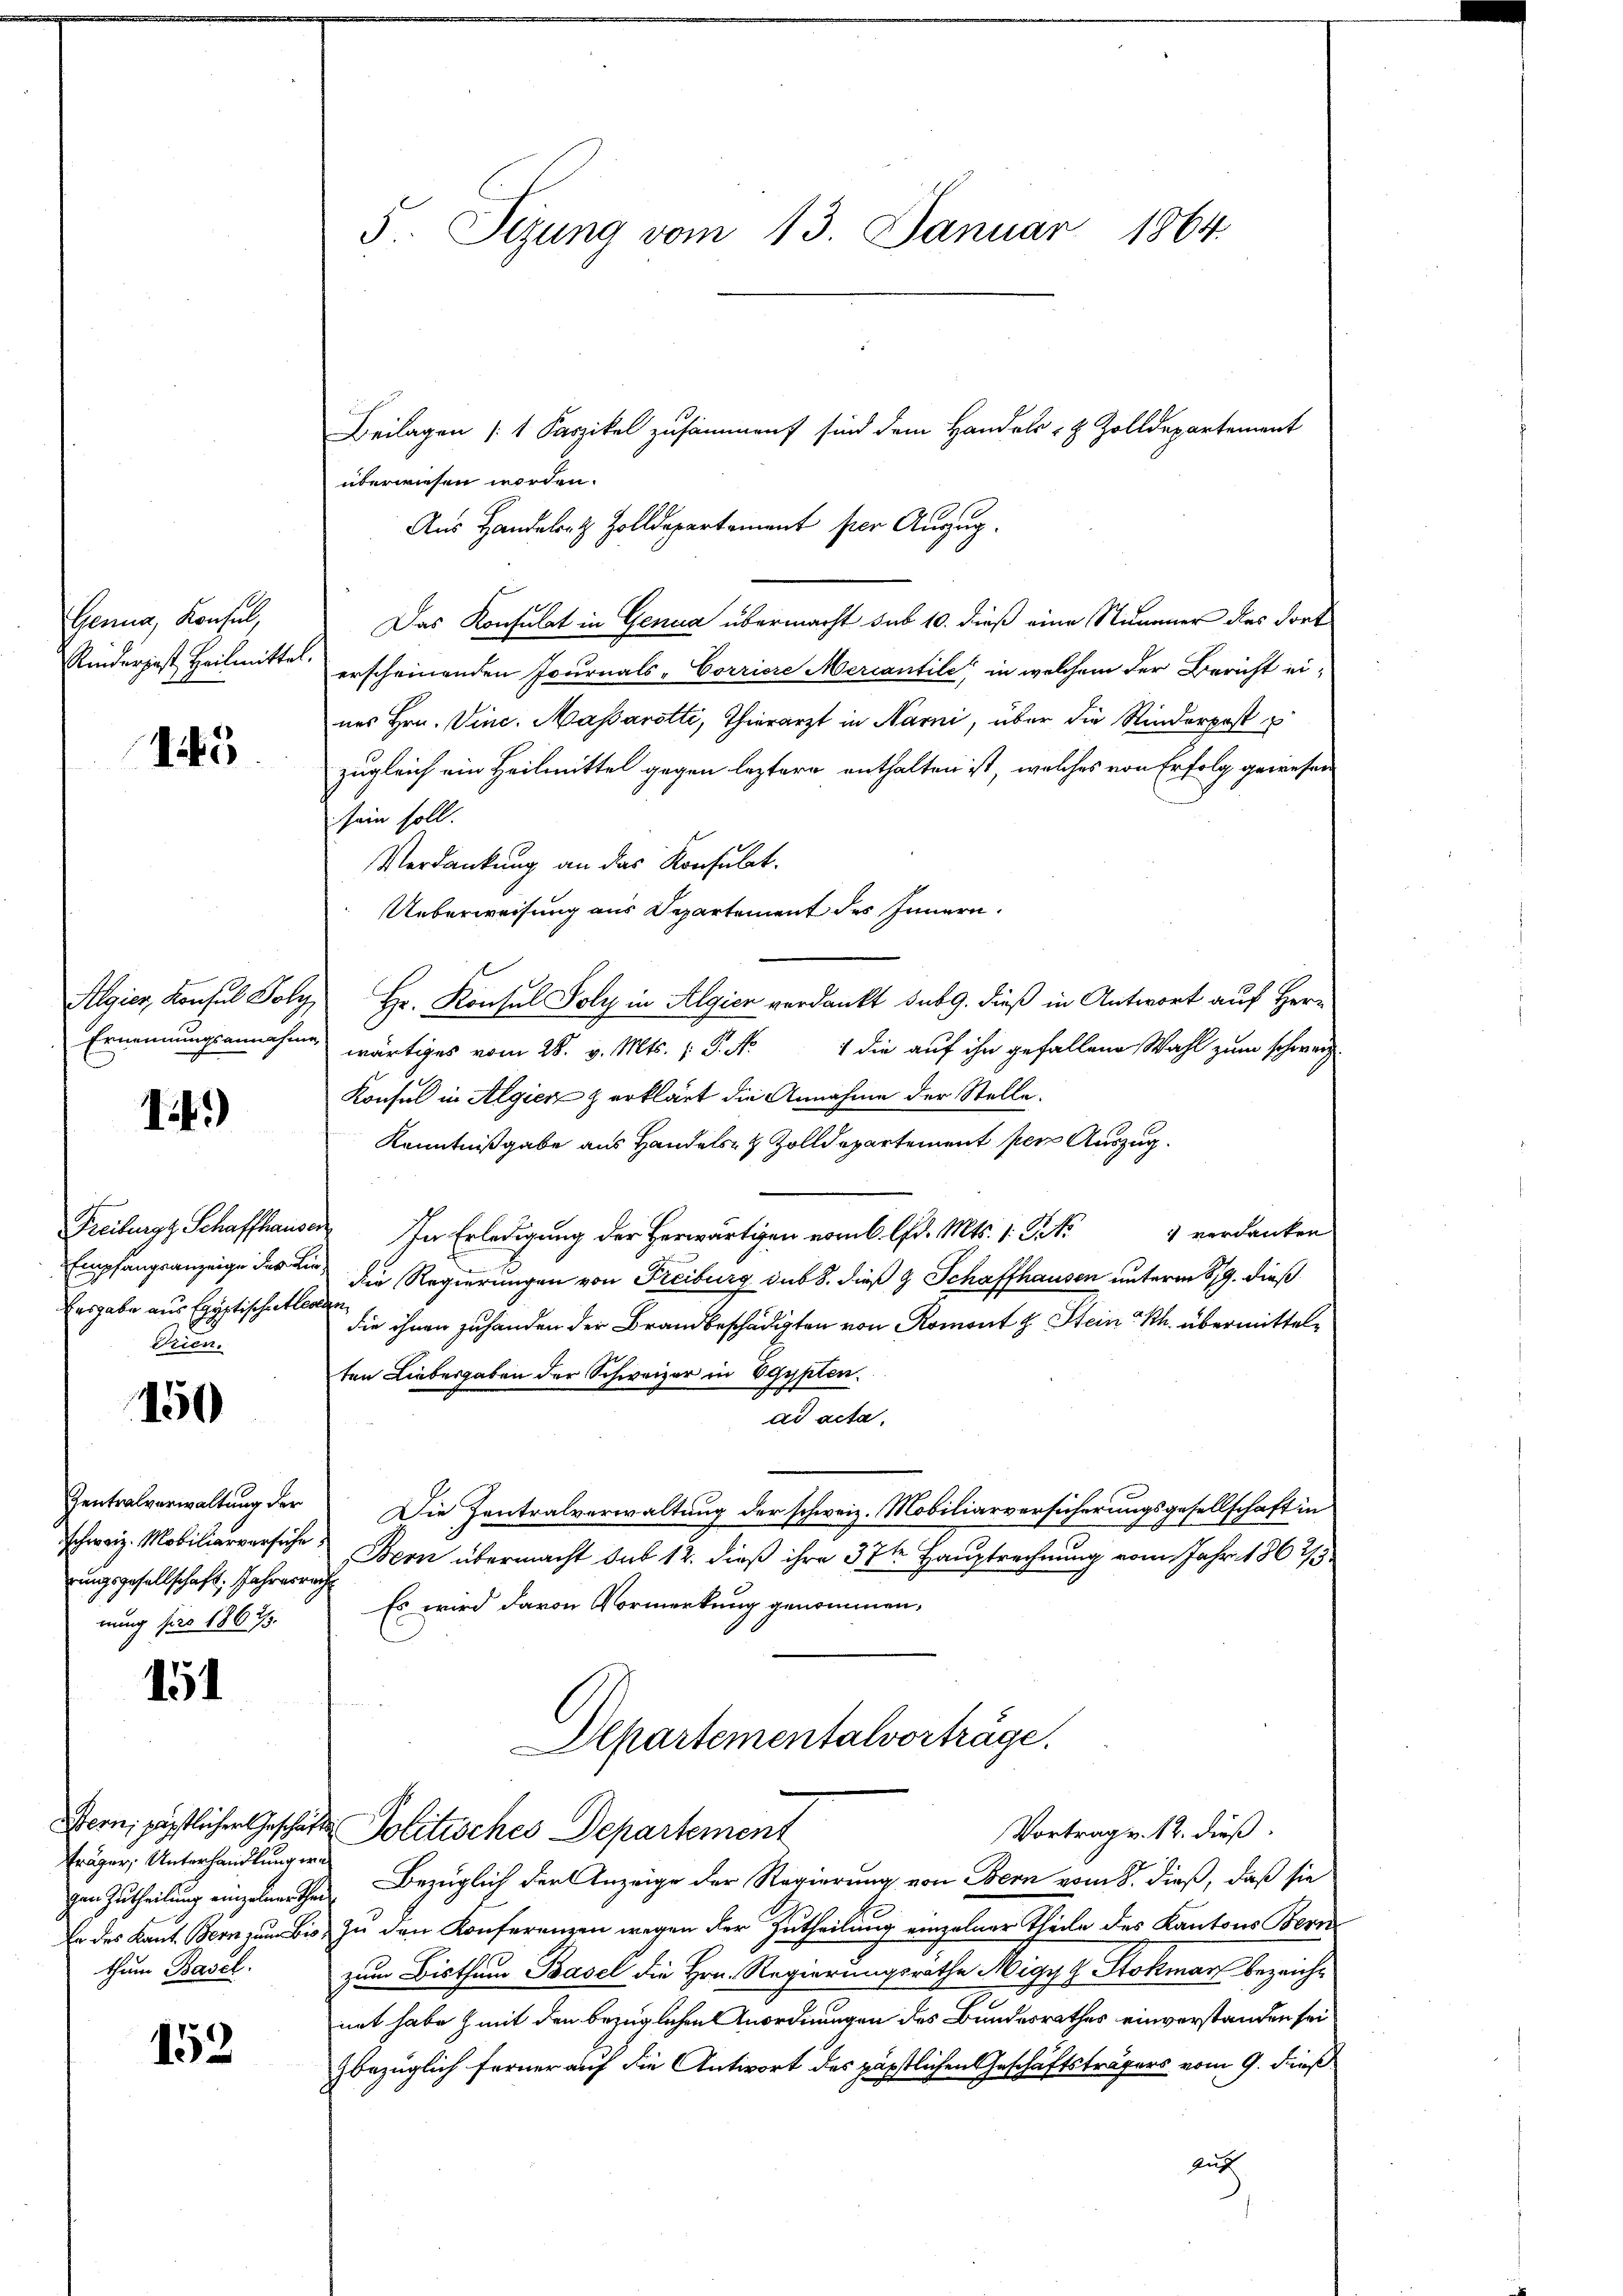
Genua, Konsul,

1445.

14)

Ausgabe aus Egyptischentlasten
Trien.

150

schweiz. Mobiliarverführ
rungsgesellschaft. Jahresrech
nung pro 1867.

151

fräger, Unterhandlung wa
gen Zutheilung einzelner thei
thum Basel.

152

Beilagen (1 Faszikel zusammen sind dem Handels- & Zolldepartement
überwiesen worden.
Aus Handeler & Zolldepartement per Augug.
Das Konsulat in Genua übermacht sub 10. dieß eine Nummer des dort
Rinderjest, Heilmitte erscheinenden Journals-Corriere Mercantile, in welchem der Bericht ei-
nes Hrn. Vinc. Massarotti, Thierarzt in Harni, über die Kinderpost
zugleich ein Heilmittel gegen leztere enthalten ist, welches von Erfolg gewesen
sein soll.
Verdankung an das Konsulat.
Ueberweisung aus Departement des Innern.
Algier, Konsul Foly, Hr. Konsul Soly in Algien verdankt sub 9. dieß in Antwort auf Her¬
Ernennungsannahmen wärtiges vom 28. v. Mts. ( P. Nr. 1 die auf ihn gefallene Wahl zum schweiz.
Konsul in Algien & erklärt die Annahme der Stelle.
Kenntnißgabe aus Handels- & Zolldepartement per Auszug.
Freiburg Schaffhauser In Erledigung der Herwärtigen vom 6. lfd. Mts. 1. Frk. verdanken
Empfangsanzeige des an die Regierungen von Freiburg des 8. dieß & Schaffhausen unterm 879. dieß
die ihnen zuhanden der Brandbeschädigten von Romont z. Stein Ph. übermittelten Liebesgaben der Schweizer in Egypten.
ad acta.
Zentralverwaltung der Die Zentralverwaltung der schweiz. Mobiliarversicherungsgesellschaft in
Bern übermacht sub 12. dieß ihre 37te Hauptrechnung vom Jahr 1862/5
Es wird davon Vormerkung genommen,
Alpartementalvorträge.
Stern, päpstlicher Geschäfte Politisches Departement
Vortrag v. 12. dieß.
Bezüglich der Anzeige der Regierung von Bern vom 8. dieß, daß sie
Er des Kant. Bern zum Bis zu den Konferenzen wegen der Zutheilung einzelner Theile des Kantons Bern
zum Bisthum Basel die Hrn. Regierungsrathe Migyg Stokman bezeichnet habe & mit den bezüglichen Anordnungen des Bundesrathes einverstanden sei
bezüglich ferner auf die Antwort des päpstlichen Geschäftsträgers vom 9. dieß
Auf

5. Sezung vom 13. Januar 1864